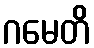
ဂမေတိ